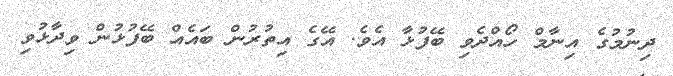
ދިނުމުގެ އިނާމް ހޯއްދެވި ބޭފުޅާ އެވެ. އޭގެ އިތުރުން ބައެއް ބޭފުޅުން ވިދާޅުވި